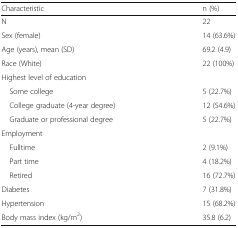
<table><thead><tr><td><b>Characteristic</b></td><td><b>n (%)</b></td></tr></thead><tbody><tr><td>N</td><td>22</td></tr><tr><td>Sex (female)</td><td>14 (63.6%)</td></tr><tr><td>Age (years), mean (SD)</td><td>69.2 (4.9)</td></tr><tr><td>Race (White)</td><td>22 (100%)</td></tr><tr><td>Highest level of education</td><td></td></tr><tr><td> Some college</td><td>5 (22.7%)</td></tr><tr><td> College graduate (4-year degree)</td><td>12 (54.6%)</td></tr><tr><td> Graduate or professional degree</td><td>5 (22.7%)</td></tr><tr><td>Employment</td><td></td></tr><tr><td> Fulltime</td><td>2 (9.1%)</td></tr><tr><td> Part time</td><td>4 (18.2%)</td></tr><tr><td> Retired</td><td>16 (72.7%)</td></tr><tr><td>Diabetes</td><td>7 (31.8%)</td></tr><tr><td>Hypertension</td><td>15 (68.2%)</td></tr><tr><td>Body mass index (kg/m<sup>2</sup>)</td><td>35.8 (6.2)</td></tr></tbody></table>